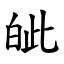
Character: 皉